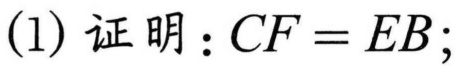
(1) 证明：\(CF = EB\)；